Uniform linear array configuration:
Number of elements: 24
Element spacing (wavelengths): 0.75
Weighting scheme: binomial
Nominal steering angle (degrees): -30
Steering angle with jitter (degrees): -29.944
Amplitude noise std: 0.05
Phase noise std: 0.05

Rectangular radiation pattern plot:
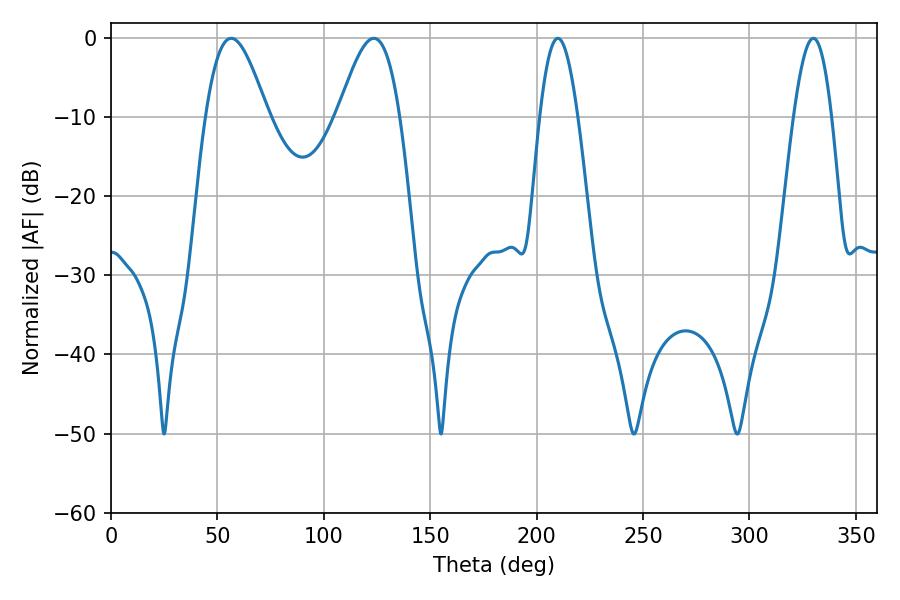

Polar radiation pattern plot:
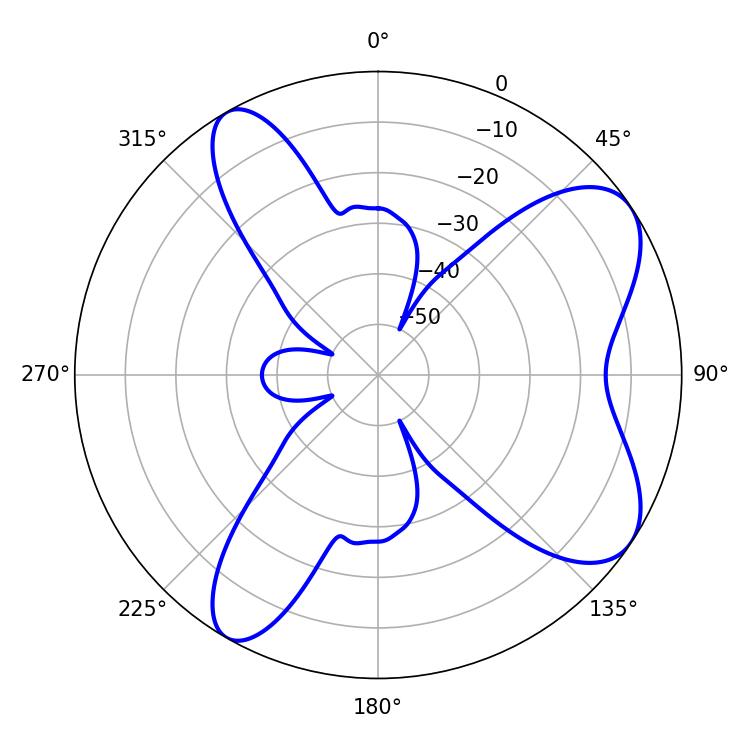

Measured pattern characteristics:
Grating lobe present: TRUE
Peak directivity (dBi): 7.719
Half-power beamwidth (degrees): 15.66
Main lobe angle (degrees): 56.52